system: You are a helpful assistant.
user:
Analyze the provided spectrum to determine if it is a **White Dwarf (WD)**.

A White Dwarf spectrum is defined by its **extreme purity** (due to gravitational settling) and/or **extreme pressure broadening** (due to high surface gravity). You must check for one of the following mutually exclusive signatures:

- **Key Visual Indicators (Check for ONE of these types):**

    - **1. DA-Type Signature (Most Common):**
        - **(Primary Feature):** Extreme pressure broadening (Stark broadening) of the **Hydrogen (H) Balmer lines**.
        - **(Key Lines):** $H\beta$ (approx. $4861$ Å) and $H\gamma$ (approx. $4340$ Å). $H\alpha$ (approx. $6563$ Å) will also be present if the wavelength range covers it.
        - **(Line Profile):** This is the **defining feature**. The lines are **NOT** sharp. They appear as massive, **extremely broad and deep "troughs" or "dips"** in the spectrum, often hundreds of Ångströms wide. The continuum will appear to "scoop" down at these wavelengths.
        - **(Distinction):** Normal A-type or B-type stars have *narrow* and *sharp* Hydrogen lines. A DA White Dwarf's lines are unmistakably "smeared" or "blurry" from pressure.

    - **2. DB-Type Signature:**
        - **(Primary Feature):** Broad absorption lines from **Neutral Helium (He I)**. The spectrum must lack any visible Hydrogen lines.
        - **(Key Lines):** Look for broad absorption near $4471$ Å, $4921$ Å, and $5876$ Å.
        - **(Line Profile):** These lines are also significantly pressure-broadened, appearing much wider than they would in a normal B-type main-sequence star.

    - **3. DC-Type Signature:**
        - **(Primary Feature):** A **featureless continuous spectrum**.
        - **(Line Profile):** The spectrum is a smooth curve with **no significant absorption or emission lines**.
        - **(Key Confirmation):** The continuum is almost always **blue or white**, indicating a hot object. This signature implies the atmosphere is so pure (or so cool) that no spectral lines are visible in the optical range. Its WD identity is confirmed by its extremely low intrinsic brightness (high absolute magnitude).

    - **4. DZ-Type Signature (Metal-Polluted):**
        - **(Primary Feature):** **Isolated, narrow metal absorption lines** on an otherwise featureless (DC-like) continuum.
        - **(Key Lines):** The **Calcium (Ca II) H & K doublet** (approx. **$3934$ Å** and **$3968$ Å**) is the most common and defining feature.
        - **(Line Profile):** These lines are "out of place." They are *not* part of a "forest" of thousands of lines. This signature is evidence of recent *accretion* (pollution) from rocky debris.
        - **(Distinction):** Normal G/K/M stars have a *dense forest* of thousands of metal lines. A DZ has a *clean* continuum with *only a few* strong metal lines.

    - **5. DQ-Type Signature (Carbon-Polluted):**
        - **(Primary Feature):** Absorption bands from **Carbon (C₂ "Swan Bands" or atomic C I)**.
        - **(Key Lines - C₂):** Look for bandheads with a "saw-tooth" shape near $5635$ Å, **$5165$ Å** (strongest), and $4737$ Å.
        - **(Key Confirmation):** The underlying **continuum must be blue or white** (hot).
        - **(Distinction):** This is the critical difference from a **Carbon Star**, which has the *exact same* C₂ bands but on an extremely **red, cool** continuum.

- **(Overall Spectrum):**
    - The continuum (overall shape) is typically **blue-sloping** (brighter in the blue than the red), as most white dwarfs are very hot.
    - The spectrum will look "pure" or "simple," dominated by only *one* of the five signatures listed above.

Think first, call **spectral_visualization_tool** if needed to examine features in detail, then provide your final answer. Your response must adhere to the following strict rules:
1.  **Overall Structure:** Your response must follow the format `<think>...</think> <tool_call>...</tool_call> (if a tool is used) <answer>...</answer>`.
2.  **Tool Usage Constraint:** You may only make **one** tool call per turn.
3.  **Final Answer Format:** In the `<answer>` tag, your conclusion must be inside a `\boxed{}` command (e.g., `\boxed{YES}` or `\boxed{NO}`), followed by your justification.

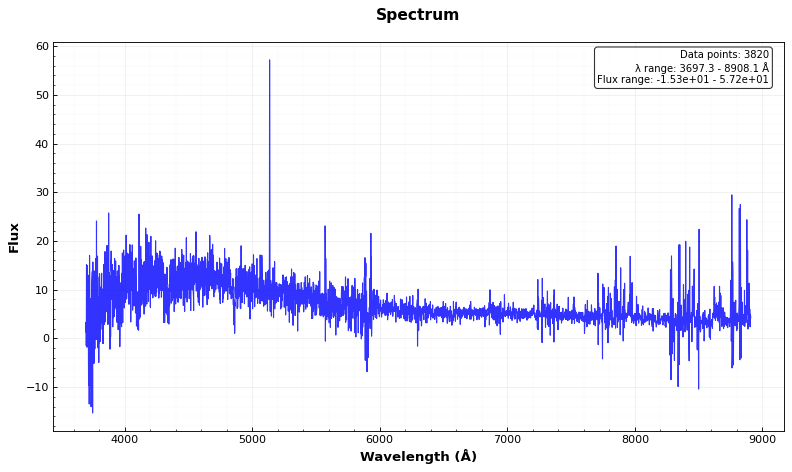
Answer: NO